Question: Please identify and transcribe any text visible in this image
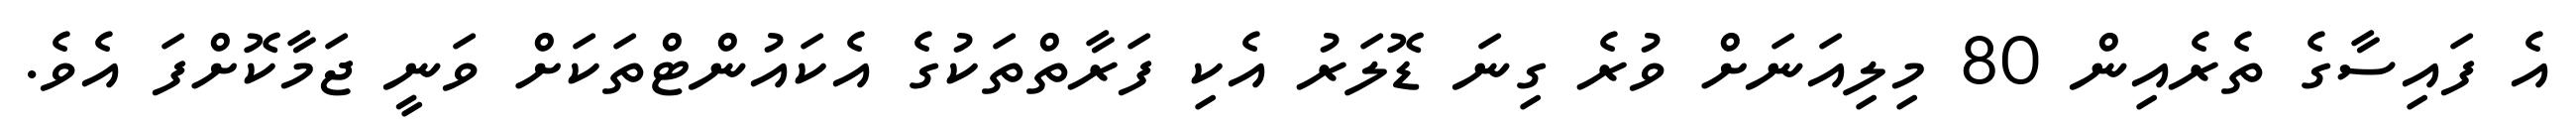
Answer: އެ ފައިސާގެ ތެރެއިން 80 މިލިއަނަށް ވުރެ ގިނަ ޑޮލަރު އެކި ފަރާތްތަކުގެ އެކައުންޓްތަކަށް ވަނީ ޖަމާކޮށްފަ އެވެ.